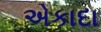
એકાદા